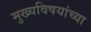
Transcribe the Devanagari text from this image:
मुख्यविषयांच्या